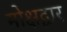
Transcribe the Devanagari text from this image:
मोक्षद्वार